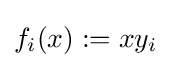
f_{i}(x):=xy_{i}